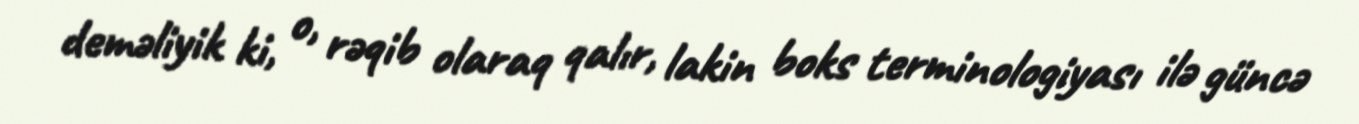
deməliyik ki, o, rəqib olaraq qalır, lakin boks terminologiyası ilə güncə